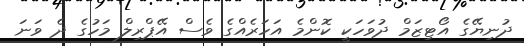
ދުނިޔޭގެ އޯޓިޒަމް ދުވަހަކީ ކޮންމެ އަހަރެއްގެ ވެސް އޭޕްރިލް މަހުގެ ދެ ވަނަ